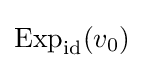
\operatorname {Exp} _{\mathrm {id} }(v_{0})